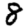
Digit: 8